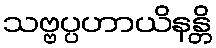
သဗ္ဗပ္ပဟာယိနန္တိ